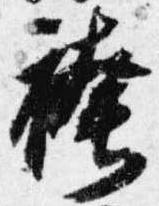
袴